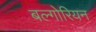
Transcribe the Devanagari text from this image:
बल्गोरियन